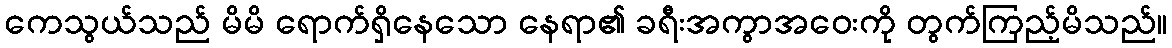
ကေသွယ်သည် မိမိ ရောက်ရှိနေသော နေရာ၏ ခရီးအကွာအဝေးကို တွက်ကြည့်မိသည်။